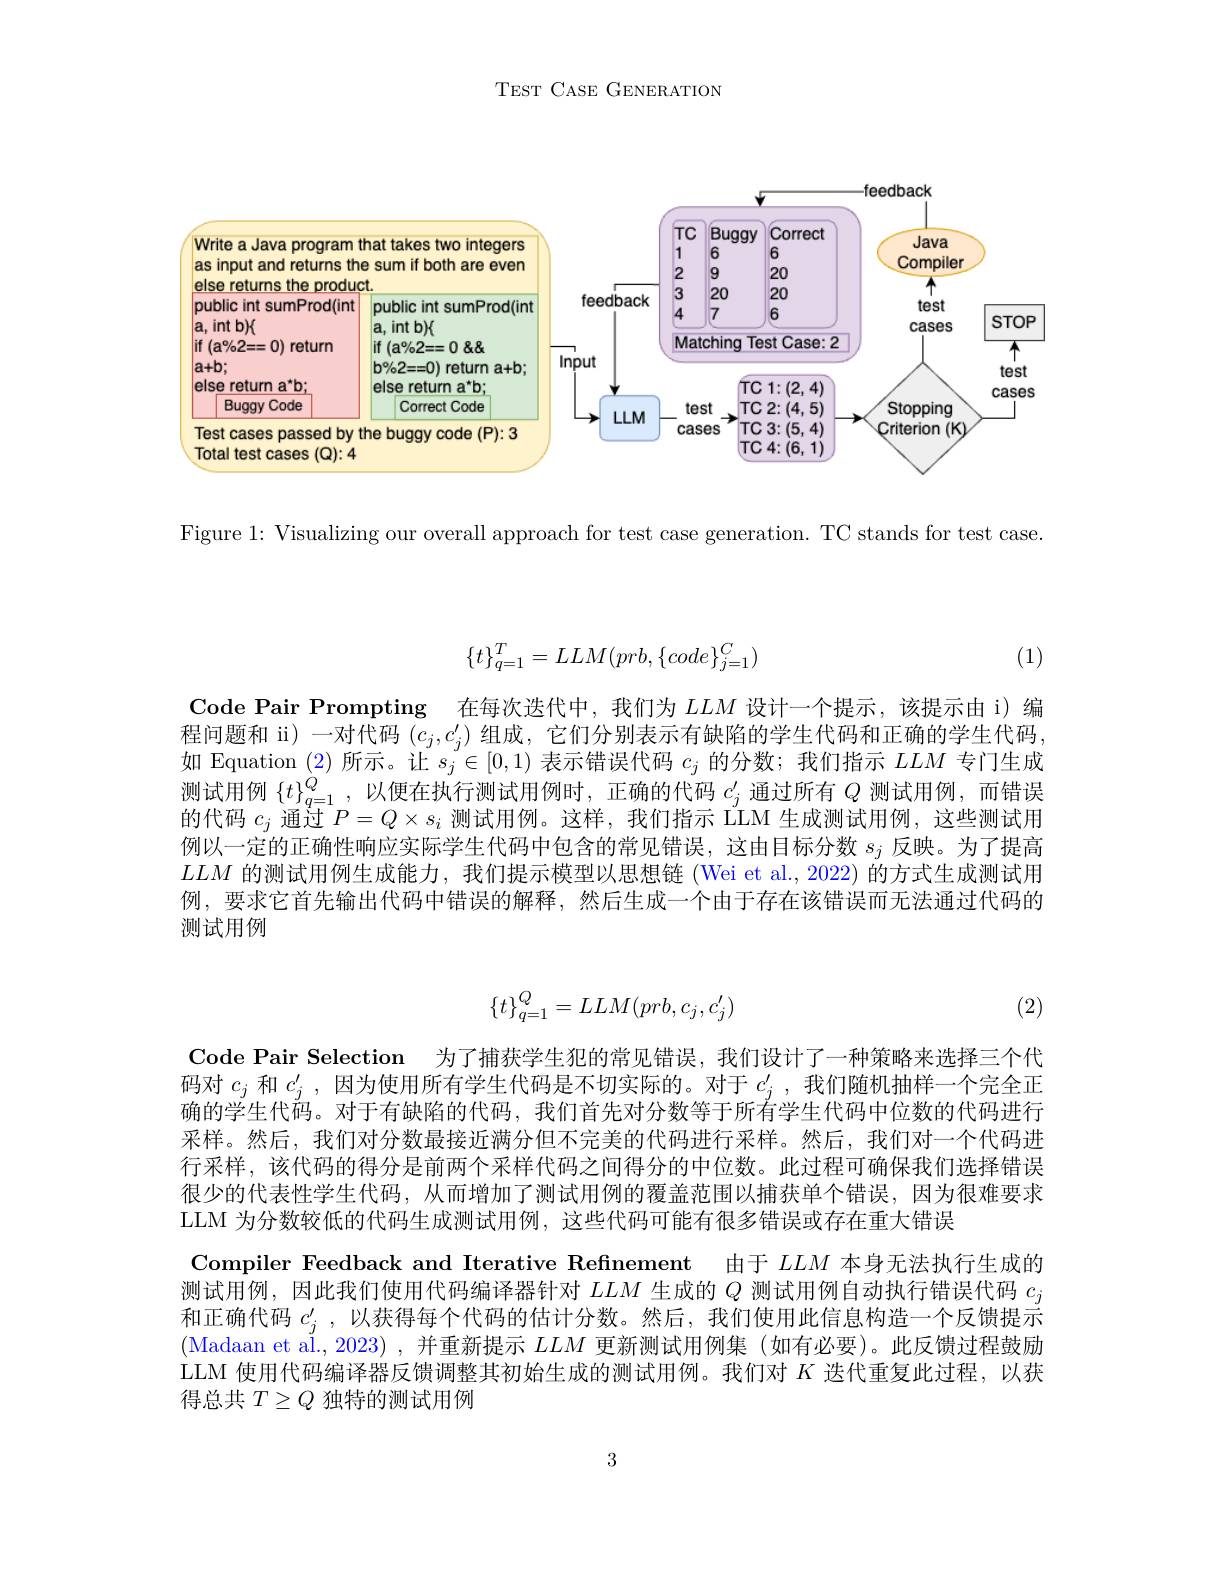
TEST CASE GENERATION

<FigureHere>

Figure 1: Visualizing our overall approach for test case generation. TC stands for test case.

(1)
$$\{t\}_{q=1}^T=LLM(prb,\{code\}_{j=1}^C)$$
Code Pair Prompting 在每次迭代中，我们为$LLM$设计一个提示，该提示由 i)编程问题和 ii) 一对代码$(c_j,c_j^{\prime})$组成，它们分别表示有缺陷的学生代码和正确的学生代码，

如 Equation (2)所示。让$s_j\in[0,1)$表示错误代码$c_j$的分数；我们指示$LLM$专门生成测试用例$\{t\}_q=1^Q$,以便在执行测试用例时，正确的代码$c_j^{\prime}$通过所有$Q$测试用例，而错误的代码$c_j$通过$P=Q\times s_i$测试用例。这样，我们指示 LÍM 生成测试用例，这些测试用例以一定的正确性响应实际学生代码中包含的常见错误，这由目标分数$s_j$反映。为了提高$LLM$的测试用例生成能力，我们提示模型以思想链 (Wei et al., 2022) 的方式生成测试用例，要求它首先输出代码中错误的解释，然后生成一个由于存在该错误而无法通过代码的测试用例
$$\{t\}_{q=1}^Q=LLM(prb,c_j,c_j')$$
(2)

Code Pair Selection 为了捕获学生犯的常见错误，我们设计了一种策略来选择三个代

码对$c_j$和$c_j^{\prime}$ ,因为使用所有学生代码是不切实际的。对于$c_j^{\prime}$ ,我们随机抽样一个完全正确的学生代码。对于有缺陷的代码，我们首先对分数等于所有学生代码中位数的代码进行采样。然后，我们对分数最接近满分但不完美的代码进行采样。然后，我们对一个代码进行采样，该代码的得分是前两个采样代码之间得分的中位数。此过程可确保我们选择错误很少的代表性学生代码，从而增加了测试用例的覆盖范围以捕获单个错误，因为很难要求LLM 为分数较低的代码生成测试用例，这些代码可能有很多错误或存在重大错误
Compiler Feedback and Iterative Refinement 由于$LLM$本身无法执行生成的测试用例，因此我们使用代码编译器针对$LLM$生成的$Q$测试用例自动执行错误代码$c_j$ 和正确代码$c_j^{\prime}$ ,以获得每个代码的估计分数。然后，我们使用此信息构造一个反馈提示(Madaan et al. , 2023) , 并 重 新 提 示 $LLM$更新测试用例集 (如有必要)。此反馈过程鼓励LLM 使用代码编译器反馈调整其初始生成的测试用例。我们对$K$迭代重复此过程，以获得总共$T\geq Q$独特的测试用例

3